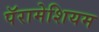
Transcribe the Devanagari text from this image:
पॅरामेशियम